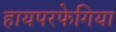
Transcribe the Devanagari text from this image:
हायपरफेगिया